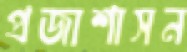
প্রজাশাসন